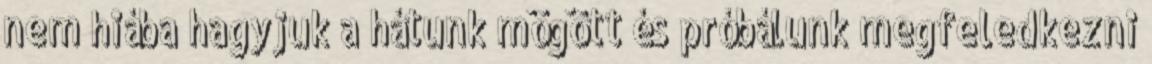
nem hiába hagyjuk a hátunk mögött és próbálunk megfeledkezni